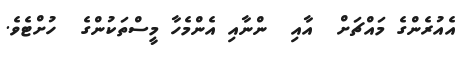
އެއުރެންގެ މައްޗަށް  އާއި  ންނާއި އެންމެހާ މީސްތަކުންގެ  ހުށްޓެވެ.